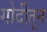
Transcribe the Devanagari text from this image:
गोदीतून